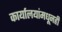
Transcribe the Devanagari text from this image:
कार्यालयांमधूनही